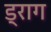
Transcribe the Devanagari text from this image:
ड्राग